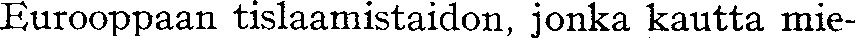
Eurooppaan tislaamistaidon, jonka kautta mie-